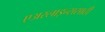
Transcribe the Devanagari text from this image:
एअरलाइन्ससाठी